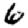
Digit: 6